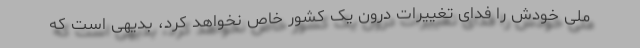
ملی خودش را فدای تغییرات درون یک کشور خاص نخواهد کرد، بدیهی است که